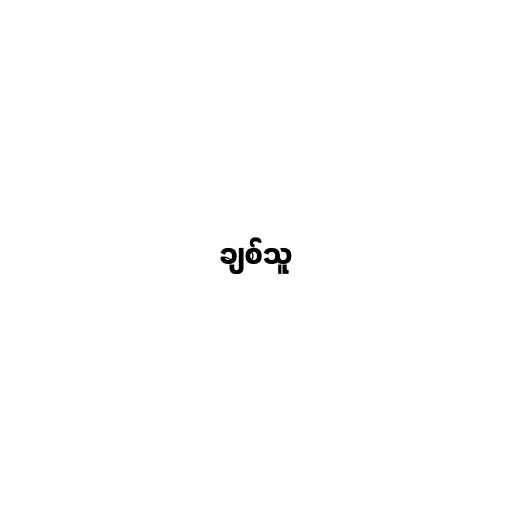
ချစ်သူ